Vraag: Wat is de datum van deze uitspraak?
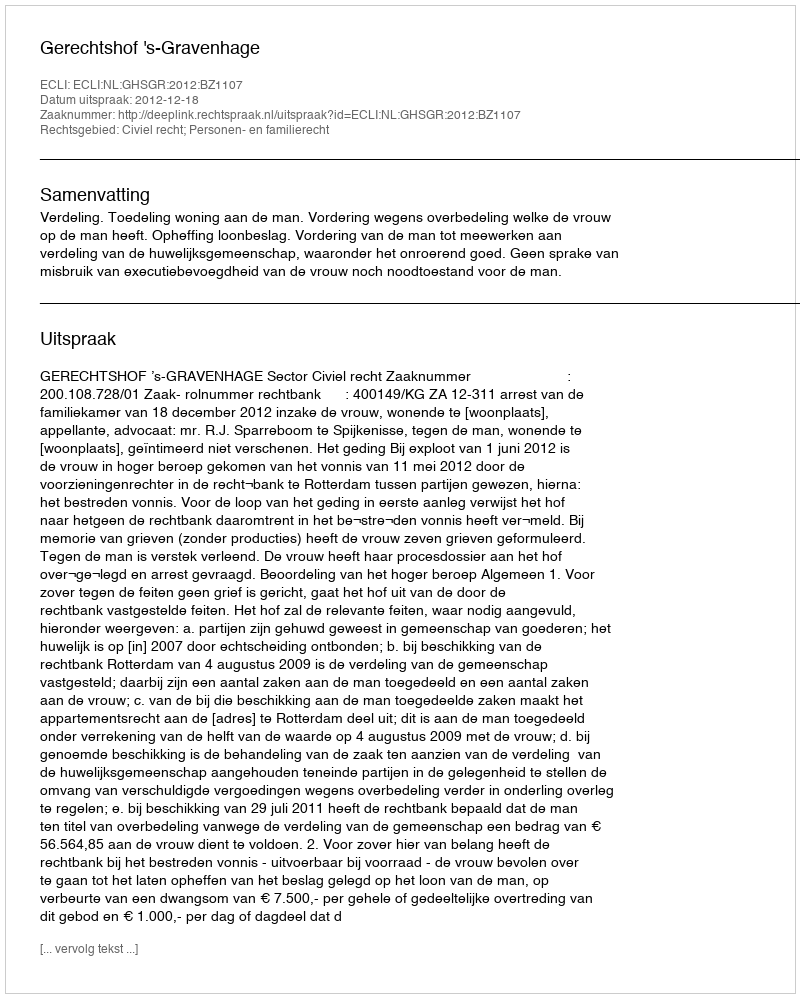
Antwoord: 2012-12-18